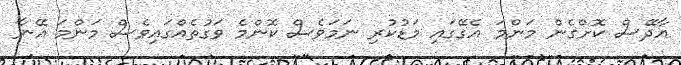
އާދޭސް ކޮށްގެން މަންމަ އެގޭގައި މަޑުކުރި ނަމަވެސް ކޮންމެ ވަގުތެއްގައިވެސް މަންމަ އޭނާ